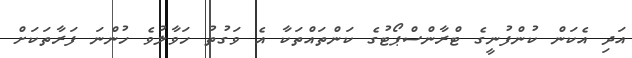
އަދި އެކަން ކުންފުނީގެ ޓްރާންސްޕޯޓުގެ ކަންތައްތަކާ އެ ވަގުތު ހަވާލުވެ ހުންނަ ފަރާތަކަށް